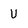
Character: U